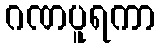
ဂဏပူရကာ